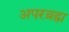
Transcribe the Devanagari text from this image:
अपरब्रह्म